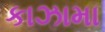
કાઝામા